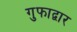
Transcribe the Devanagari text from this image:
गुफाद्वार